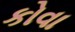
કોવા